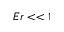
E r < < 1